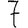
Digit: 7